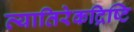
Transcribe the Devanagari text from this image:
व्यातिरेकद्रिष्टि